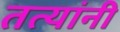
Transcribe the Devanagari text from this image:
तत्यांनी